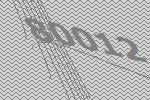
80012